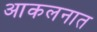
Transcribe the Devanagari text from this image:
आकलनात